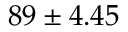
8 9 \pm 4 . 4 5